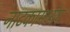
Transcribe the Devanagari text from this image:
नाटकामध्येच